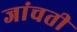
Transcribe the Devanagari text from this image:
जांचती